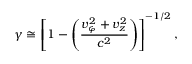
\gamma \cong \left[ 1 - \left( \frac { v _ { \varphi } ^ { 2 } + v _ { z } ^ { 2 } } { c ^ { 2 } } \right) \right] ^ { - 1 / 2 } ,